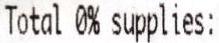
TOTAL 0% SUPPLIES: